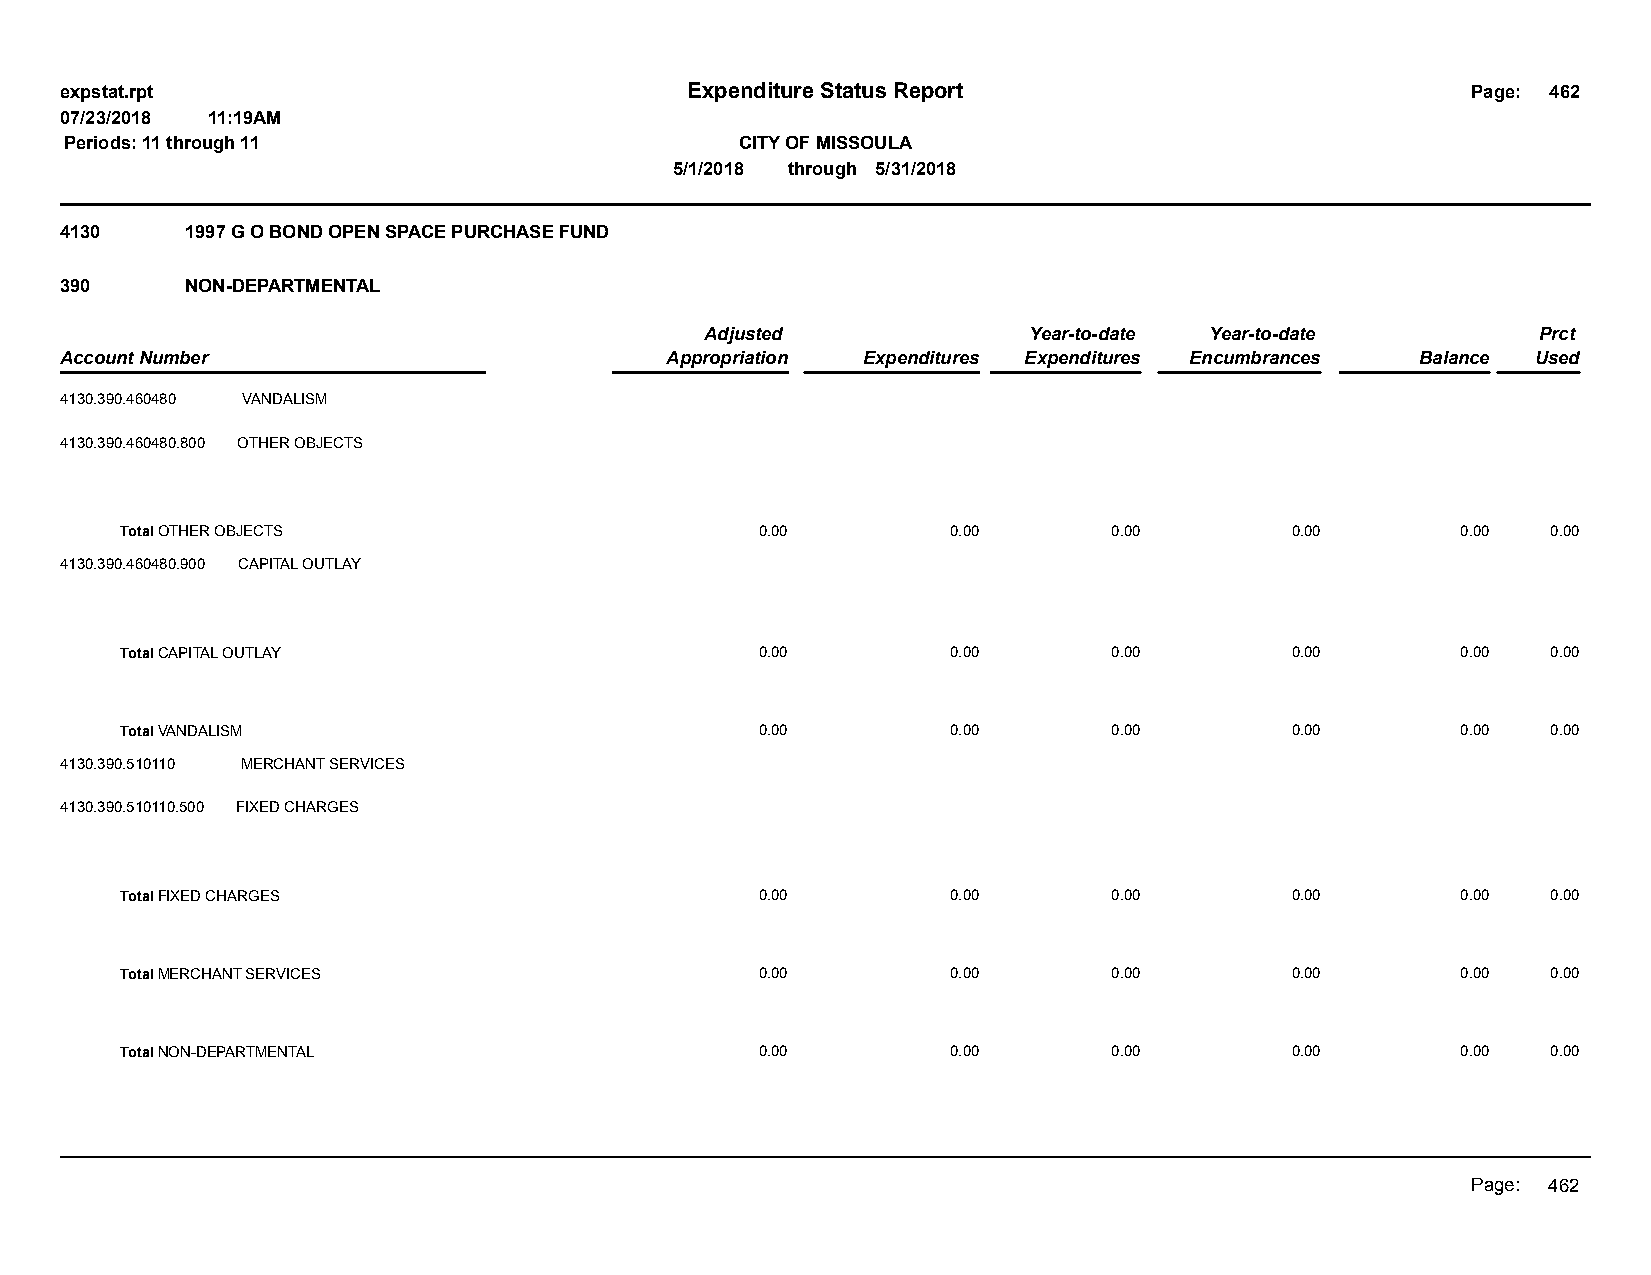
expstat.rpt                              Expenditure Status Report                           Page: 462
 07/23/2018 11:19AM
 Periods: 11 through 11                       CITY OF MISSOULA
 5/1/2018 through 5/31/2018
 4130    1997 G O BOND OPEN SPACE PURCHASE FUND
 390     NON-DEPARTMENTAL
 Adjusted             Year-to-date Year-to-date         Prct
 Account Number                          Appropriation Expenditures Expenditures Encumbrances Balance Used
 4130.390.460480 VANDALISM
 4130.390.460480.800 OTHER OBJECTS
 Total OTHER OBJECTS                       0.00         0.00       0.00       0.00        0.00  0.00
 4130.390.460480.900 CAPITAL OUTLAY
 Total CAPITAL OUTLAY                      0.00         0.00       0.00       0.00        0.00  0.00
 Total VANDALISM                           0.00         0.00       0.00       0.00        0.00  0.00
 4130.390.510110 MERCHANT SERVICES
 4130.390.510110.500 FIXED CHARGES
 Total FIXED CHARGES                       0.00         0.00       0.00       0.00        0.00  0.00
 Total MERCHANT SERVICES                   0.00         0.00       0.00       0.00        0.00  0.00
 Total NON-DEPARTMENTAL                    0.00         0.00       0.00       0.00        0.00  0.00
 Page: 462